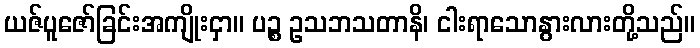
ယဇ်ပူဇော်ခြင်းအကျိုးငှာ။ ပဉ္စ ဥသဘသတာနိ၊ ငါးရာသောနွားလားတို့သည်။